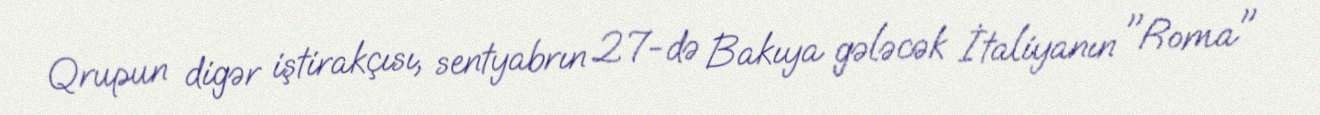
Qrupun digər iştirakçısı, sentyabrın 27-də Bakıya gələcək İtaliyanın "Roma"